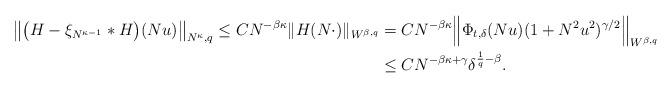
LaTeX: \begin{align*} \big\|\big(H-\xi_{N^{\kappa-1}}*H\big)(Nu)\big\|_{N^\kappa,q}\leq CN^{-\beta\kappa}\|H(N\cdot)\|_{W^{\beta,q}}&=CN^{-\beta\kappa}\Big\|\Phi_{t,\delta}(Nu)(1+N^2u^2)^{\gamma/2}\Big\|_{W^{\beta,q}}\\&\leq CN^{-\beta\kappa+\gamma}\delta^{{1\over q}-\beta}.\end{align*}